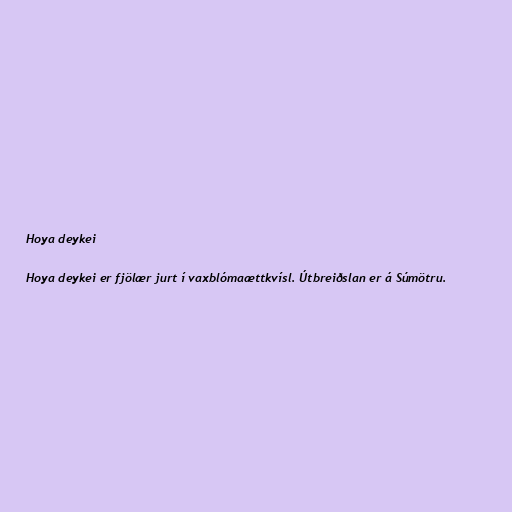
Hoya deykei

Hoya deykei er fjölær jurt í vaxblómaættkvísl. Útbreiðslan er á Súmötru.